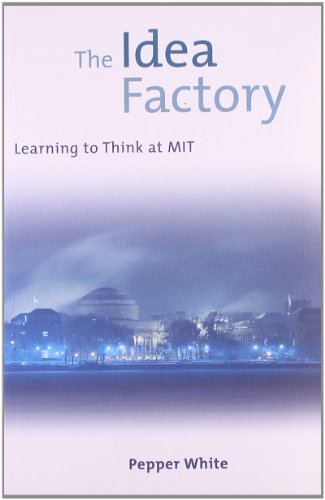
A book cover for The Idea Factory: Learning to Think at MIT; Pepper White; Biographies & Memoirs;